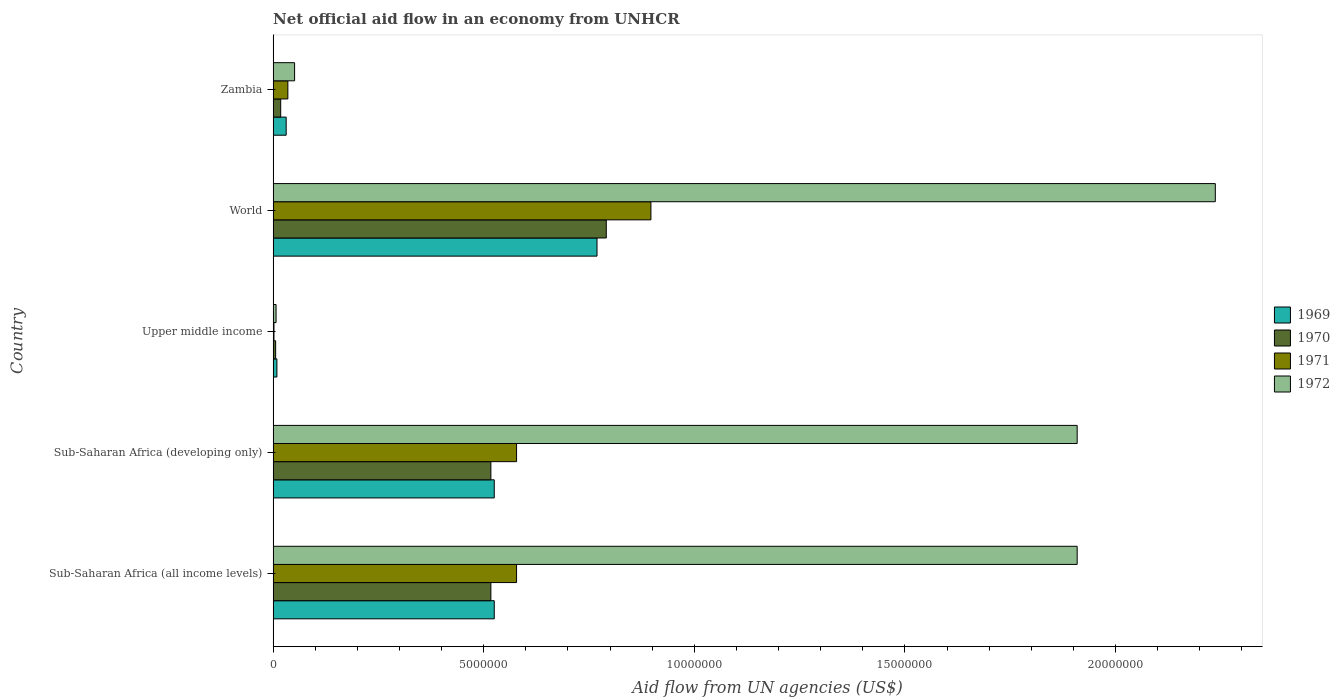
| Country | 1969 | 1970 | 1971 | 1972 |
 | --- | --- | --- | --- | --- |
 | Sub-Saharan Africa (all income levels) | 5.25e+06 | 5.17e+06 | 5.78e+06 | 1.91e+07 |
 | Sub-Saharan Africa (developing only) | 5.25e+06 | 5.17e+06 | 5.78e+06 | 1.91e+07 |
 | Upper middle income | 9e+04 | 6e+04 | 2e+04 | 7e+04 |
 | World | 7.69e+06 | 7.91e+06 | 8.97e+06 | 2.24e+07 |
 | Zambia | 3.1e+05 | 1.8e+05 | 3.5e+05 | 5.1e+05 |